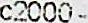
C2000-